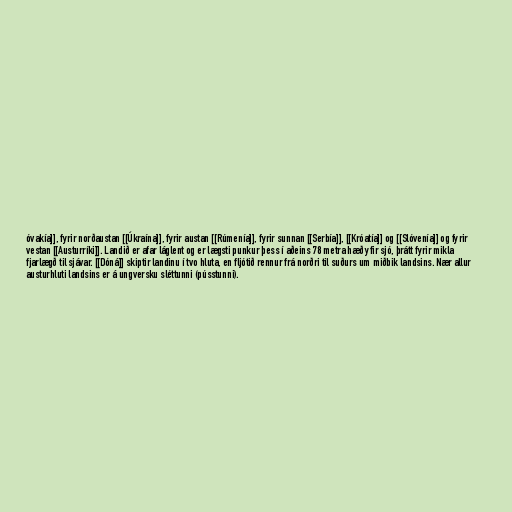
óvakía]], fyrir norðaustan [[Úkraína]], fyrir austan [[Rúmenía]], fyrir sunnan [[Serbía]], [[Króatía]] og [[Slóvenía]] og fyrir
vestan [[Austurríki]]. Landið er afar láglent og er lægsti punkur þess í aðeins 78 metra hæð yfir sjó, þrátt fyrir mikla
fjarlægð til sjávar. [[Dóná]] skiptir landinu í tvo hluta, en fljótið rennur frá norðri til suðurs um miðbik landsins. Nær allur
austurhluti landsins er á ungversku sléttunni (pússtunni).